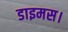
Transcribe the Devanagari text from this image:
डाइमस।